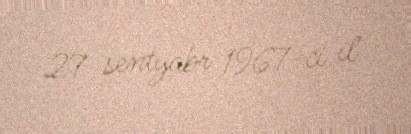
27 sentyabr 1967-ci il